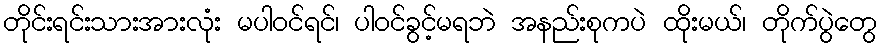
တိုင်းရင်းသားအားလုံး မပါဝင်ရင်၊ ပါဝင်ခွင့်မရဘဲ အနည်းစုကပဲ ထိုးမယ်၊ တိုက်ပွဲတွေ